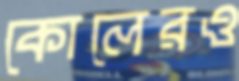
কোলেরও